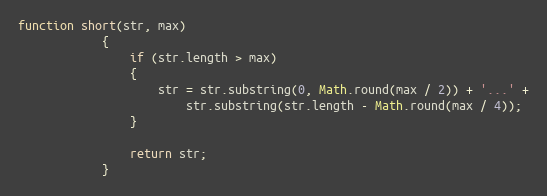
Language: JavaScript
function short(str, max)
			{
				if (str.length > max)
				{
					str = str.substring(0, Math.round(max / 2)) + '...' +
						str.substring(str.length - Math.round(max / 4));
				}

				return str;
			}